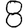
Digit: 8